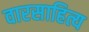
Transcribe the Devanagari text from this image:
वारसाहित्य